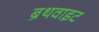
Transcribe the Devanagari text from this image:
ब्रॅथवाइट